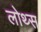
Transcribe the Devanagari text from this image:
लोथ्स